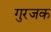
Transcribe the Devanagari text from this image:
गुरजक